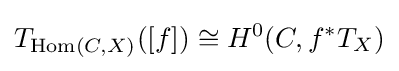
T_{\operatorname {Hom} (C,X)}([f])\cong H^{0}(C,f^{*}T_{X})